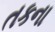
તકના